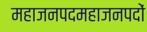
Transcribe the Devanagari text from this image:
महाजनपदमहाजनपदों